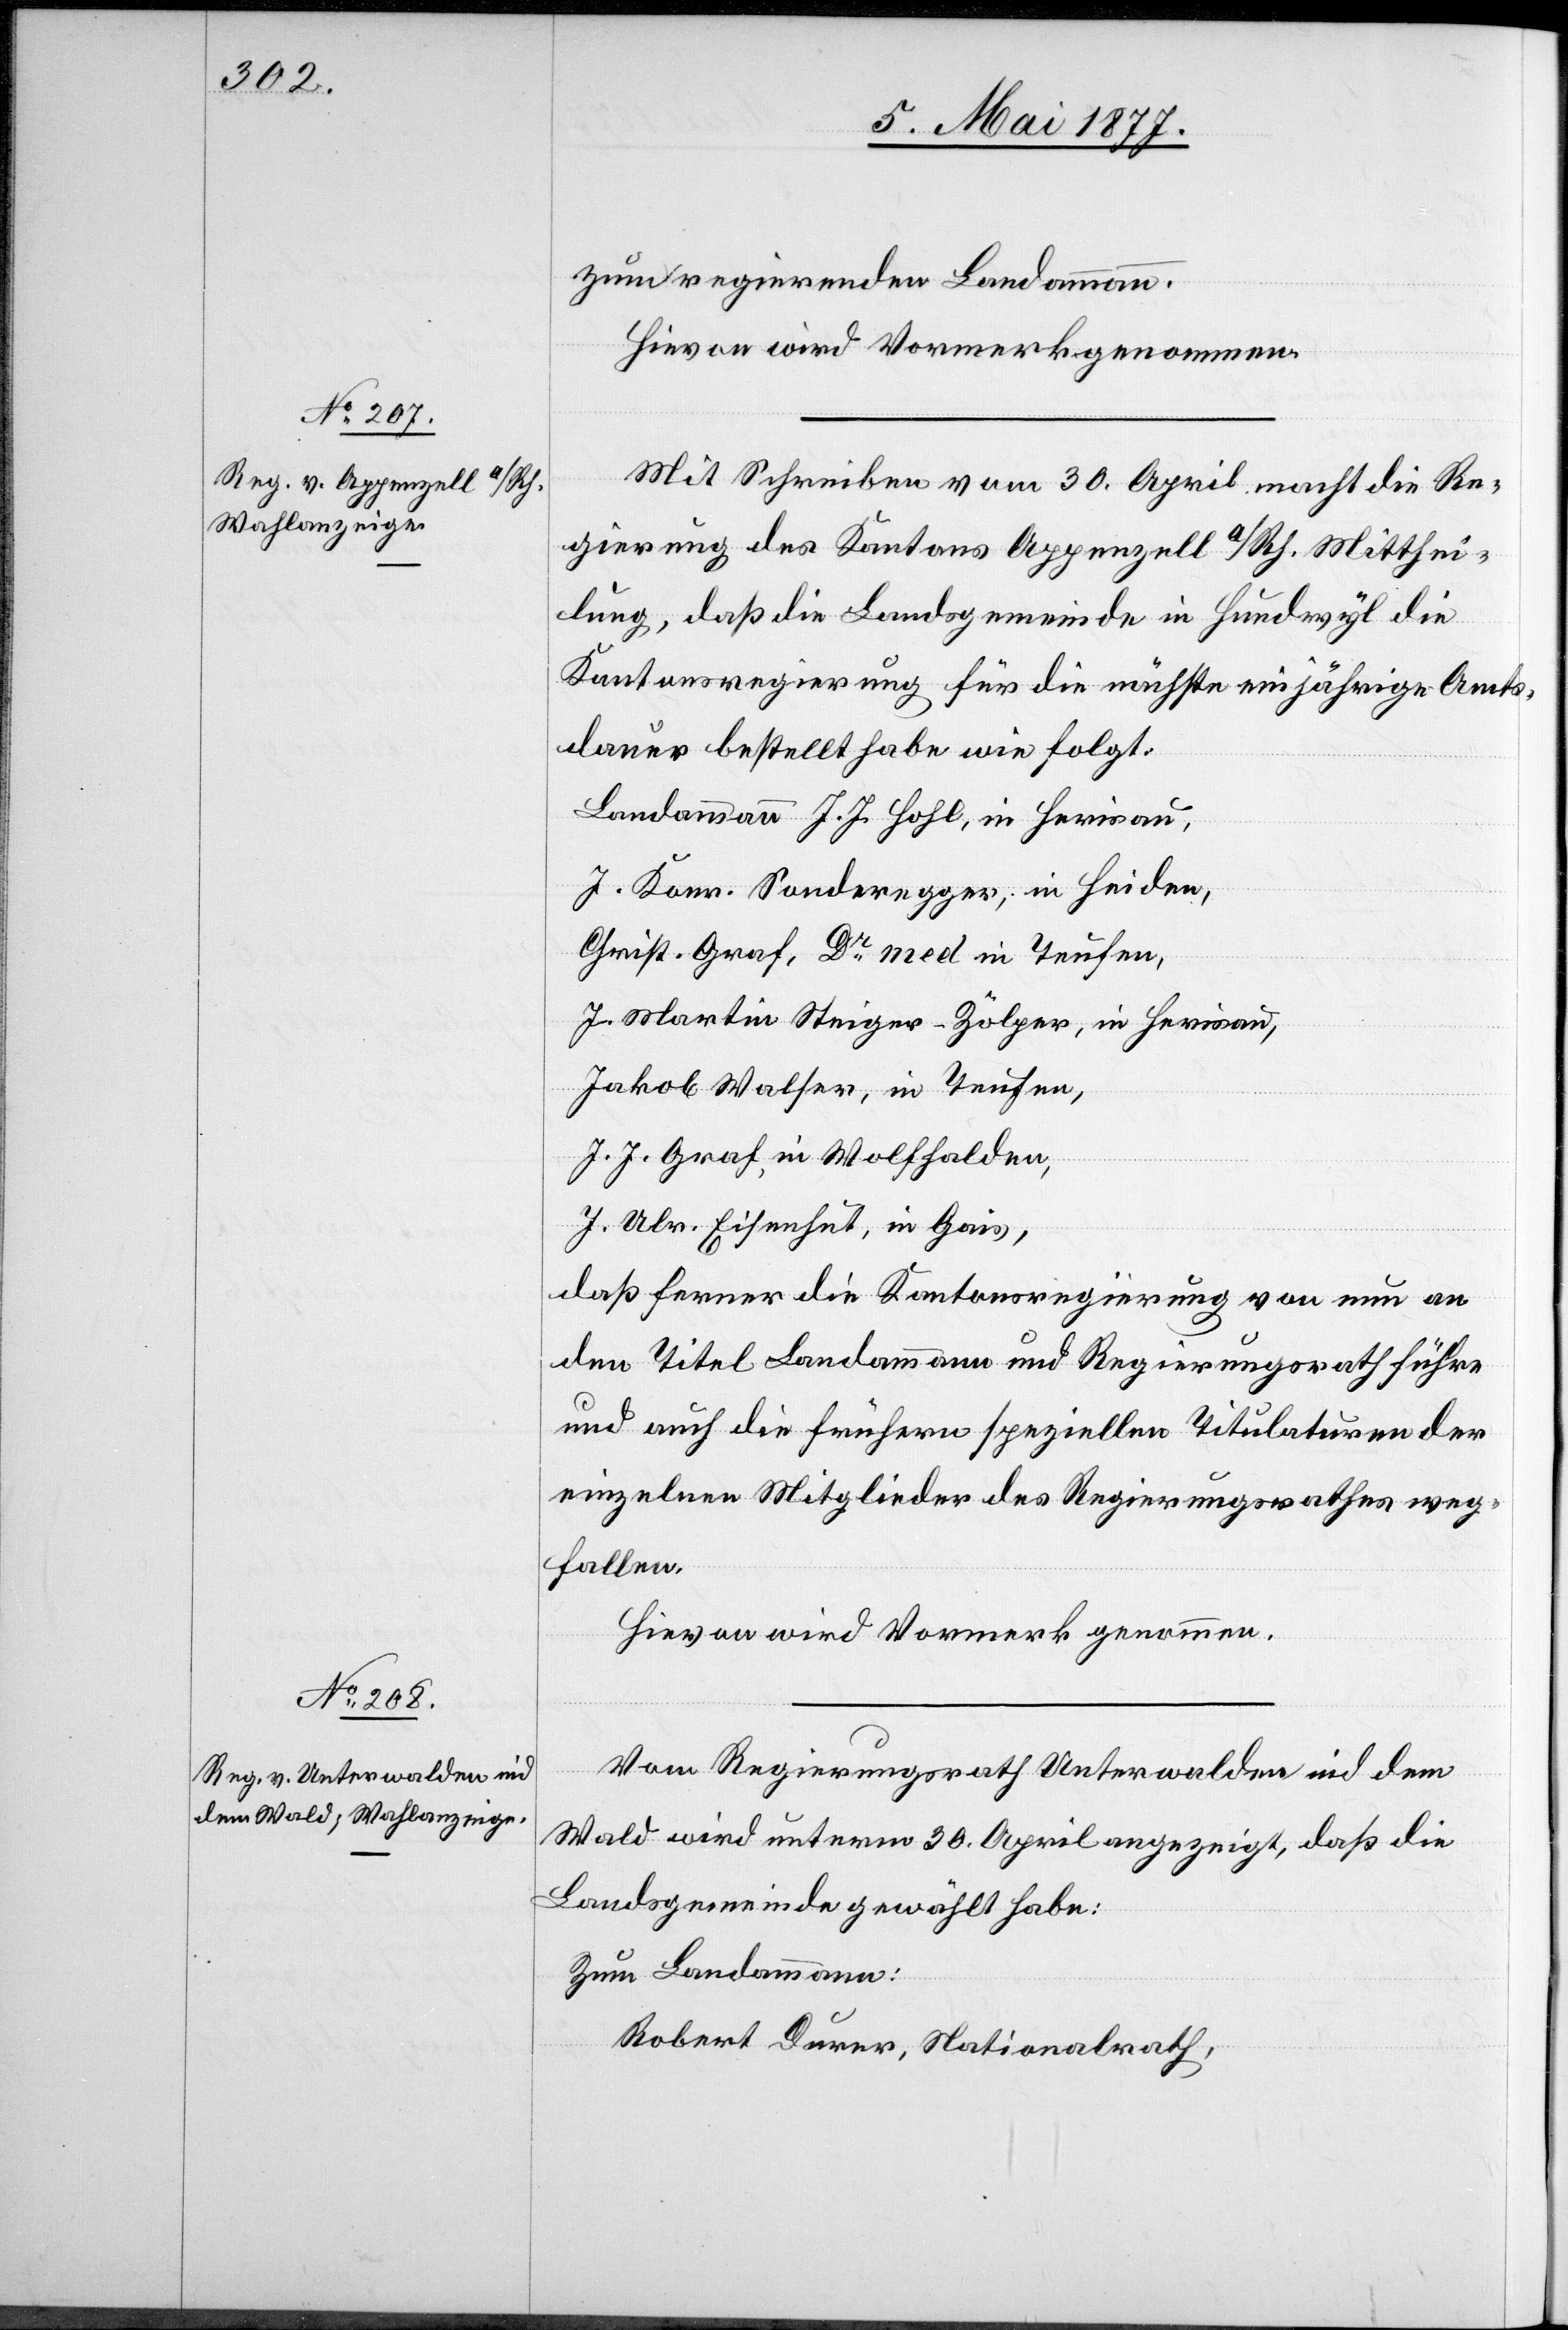
zum regierenden Landammann.
Hievon wird Vormerk genommen.
Mit Schreiben vom 30. April macht die Re¬
gierung des Kantons Appenzell A/Rh. Mitthei¬
lung, daß die Landsgemeinde in Hundwyl die
Kantonsregierung für die nächste einjährige Amts¬
dauer bestellt habe wie folgt:
Landammann J. J. Hohl, in Herisau,
J. Konr. Sonderegger, in Heiden,
Christ. Graf, Dr med. in Teufen,
J. Martin Steiger-Zölper, in Herisau,
Jakob Walser, in Teufen,
J. J. Graf, in Wolfhalden,
J. Ulr. Eisenhut, in Gais,
daß ferner die Kantonsregierung von nun an
den Titel Landammann und Regierungsrath führe
und auch die frühern speziellen Titulaturen der
einzelnen Mitglieder des Regierungsrathes weg¬
fallen.
Hievon wird Vormerk genommen.
Vom Regierungsrath Unterwalden nid dem
Wald wird unterm 30. April angezeigt, daß die
Landsgemeinde gewählt habe:
Zum Landammann:
Robert Durer, Nationalrath,